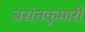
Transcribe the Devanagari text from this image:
बसंतकुमारी